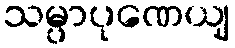
သမ္ပာပုဏေယျ